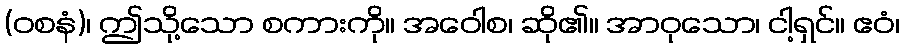
(ဝစနံ)၊ ဤသို့သော စကားကို။ အဝေါစ၊ ဆို၏။ အာဝုသော၊ ငါ့ရှင်။ ဧဝံ၊